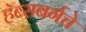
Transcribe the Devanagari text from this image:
हॅब्सबर्गचे